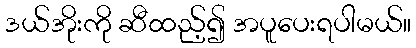
ဒယ်အိုးကို ဆီထည့်၍ အပူပေးရပါမယ်။